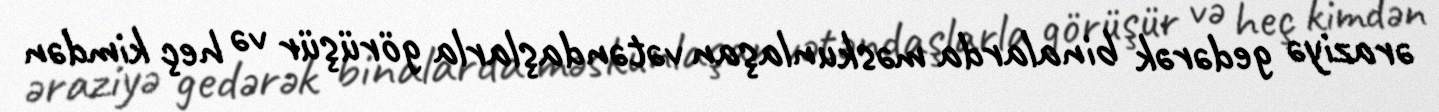
əraziyə gedərək binalarda məskunlaşan vətəndaşlarla görüşür və heç kimdən